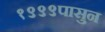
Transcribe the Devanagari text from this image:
१९९९पासुन